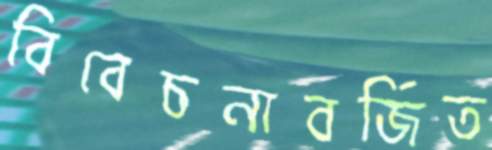
বিবেচনাবর্জিত